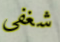
شغفي